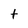
Character: t